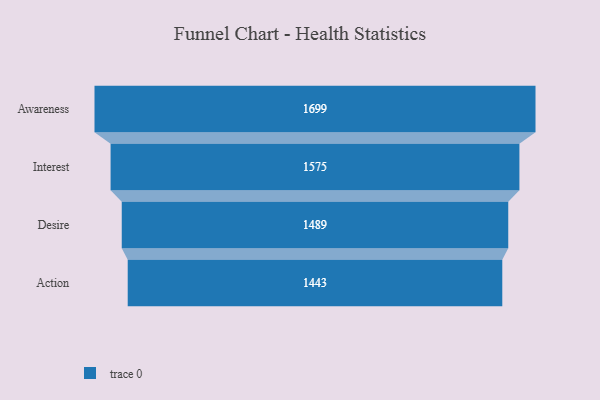
{"axis": {"x": "Stage", "y": "Value"}, "legend": [""], "data": [{"x": "Awareness", "y": 1699.0, "type": ""}, {"x": "Interest", "y": 1575.0, "type": ""}, {"x": "Desire", "y": 1489.0, "type": ""}, {"x": "Action", "y": 1443.0, "type": ""}]}